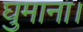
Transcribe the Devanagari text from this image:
घुमाना।